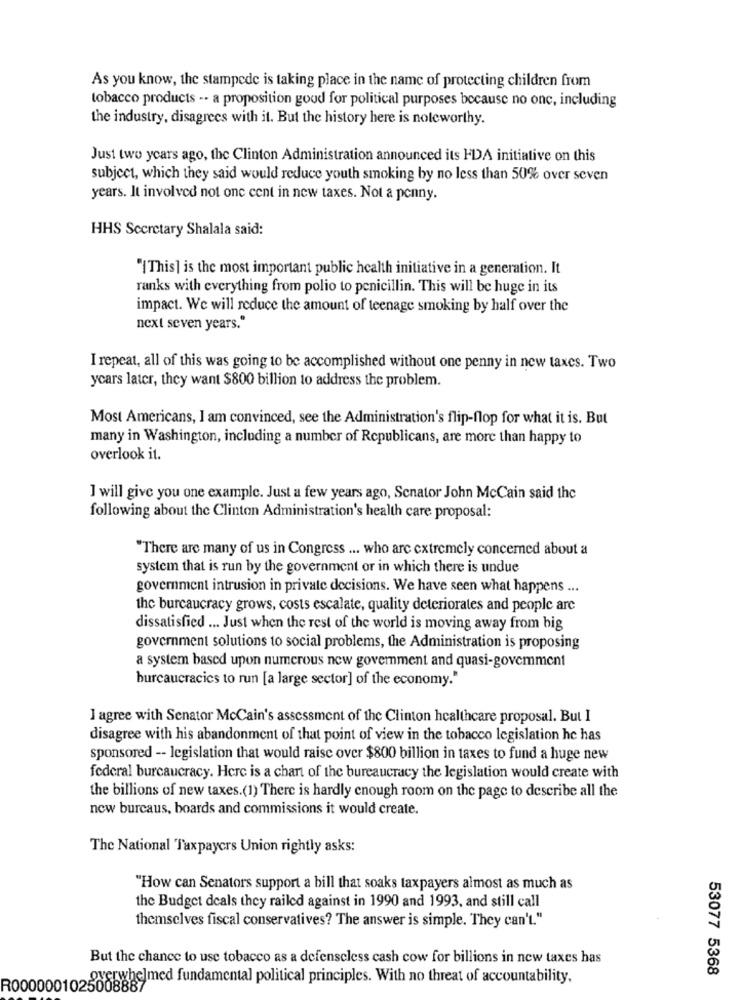
As you know, the stampede is taking place in the name of protecting children from
tobacco products -- a proposition goud for political purposes because no one, including
the industry, disagrees with it. But the history here is noteworthy.
Just two years ago, the Clinton Administration announced its FDA initiative on this
subject, which they said would reduce youth smoking by no less than 50% over seven
years. It involved not one cent in new taxes. Not a penny.
HHS Secretary Shalala said:
"{This] is the most important public health initiative in a generation. It
ranks with everything from polio to penicillin. This will be huge in its
impact. We will reduce the amount of teenage smoking by half over the
next seven years."
I repeat, all of this was going to be accomplished without one penny in new taxes. Two
years later, they want $800 billion to address the problem.
Most Americans, I am convinced, see the Administration's flip-flop for what it is. But
many in Washington, including a number of Republicans, are more than happy to
overlook it.
I will give you one example. Just a few years ago, Senator John McCain said the
following about the Clinton Administration's health care proposal:
"There are many of us in Congress ... who are extremely concerned about a
system that is run by the government or in which there is undue
government intrusion in private decisions. We have seen what happens ...
thc bureaucracy grows, costs escalate, quality deteriorates and people are
dissatisfied ... Just when the rest of the world is moving away from big
government solutions to social problems, the Administration is proposing
a system based upon numerous new government and quasi-govemment
bureaucracies to run [a large sector] of the economy."
I agree with Senator McCain's assessment of the Clinton healthcare proposal. But I
disagree with his abandonment of that point of view in the tobacco legislation he has
sponsored -- legislation that would raise over $800 billion in taxes to fund a huge new
federal bureaucracy. Here is a chart of the bureaucracy the legislation would create with
the billions of new taxes.(1) There is hardly enough room on the page to describe all the
new burcaus, boards and commissions it would create.
The National Taxpayers Union rightly asks:
"How can Senators support a bill that soaks taxpayers almost as much as
the Budget deals they railed against in 1990 and 1993, and still call
themselves fiscal conservatives? The answer is simple. They can't."
But the chance to use tobacco as a defenseless cash cow for billions in new taxes has
53077 5368
overwhelmed fundamental political principles. With no threat of accountability,
R0000001025008887